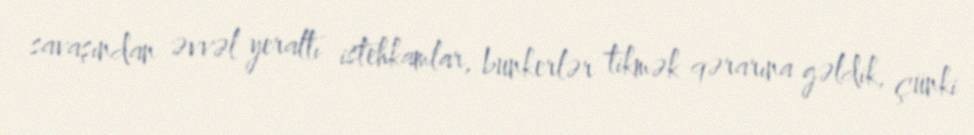
savaşından əvvəl yeraltı istehkamlar, bunkerlər tikmək qərarına gəldik, çünki